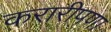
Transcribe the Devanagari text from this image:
करारीपणा